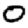
Digit: 0